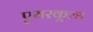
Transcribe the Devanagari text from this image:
एयरकूल्ड